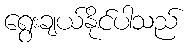
ရွေးချယ်နိုင်ပါသည်